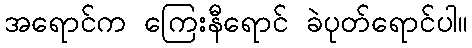
အရောင်က ကြေးနီရောင် ခဲပုတ်ရောင်ပါ။